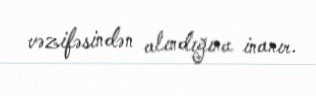
vəzifəsindən alındığına inanır.